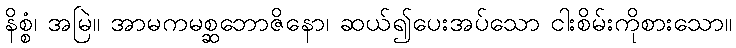
နိစ္စံ၊ အမြဲ။ အာမကမစ္ဆဘောဇိနော၊ ဆယ်၍ပေးအပ်သော ငါးစိမ်းကိုစားသော။